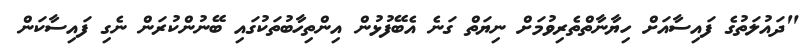
"ދައުލަތުގެ ފައިސާއަށް ހިޔާނާތްތެރިވުމަށް ނިޔަތް ގަނެ އެބޭފުޅުން އިންތިހާބުތަކުގައި ބޭނުންކުރަން ނެގި ފައިސާކަން